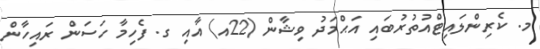
މ. ކެރިންލައިޓްއުތުރުބައި އަޙްމަދު ވިޝާން (22އ) އާއި ގ. ފެހިމާ ހަސަން ރައިހާން